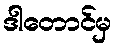
ဒါတောင်မှ